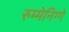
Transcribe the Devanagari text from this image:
रुम्मेनिग्गे